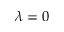
\lambda = 0